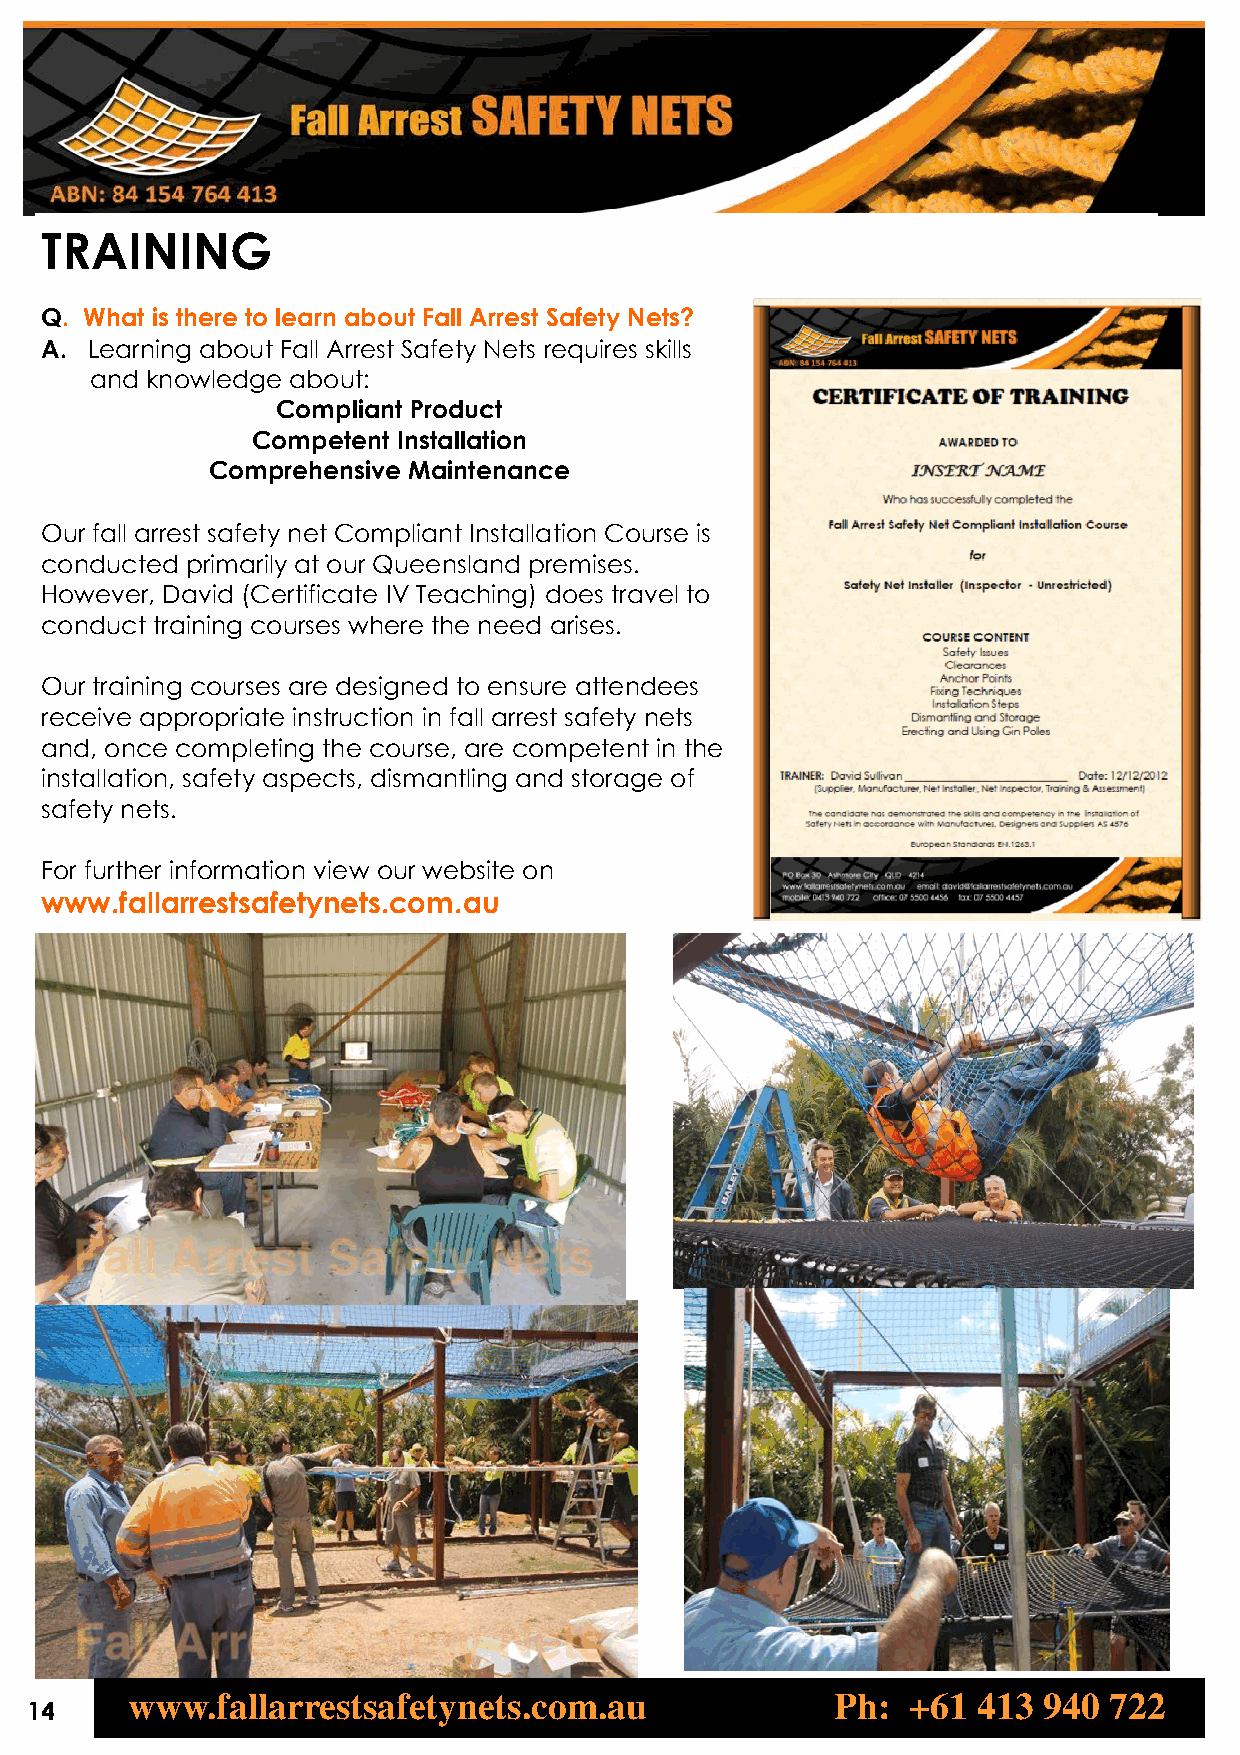
TRAINING
 Q. What is there to learn about Fall Arrest Safety Nets?
 A. Learning about Fall Arrest Safety Nets requires skills
 and knowledge about:
 Compliant Product
 Competent Installation
 Comprehensive Maintenance
 Our fall arrest safety net Compliant Installation Course is
 conducted primarily at our Queensland premises.
 However, David (Certificate IV Teaching) does travel to
 conduct training courses where the need arises.
 Our training courses are designed to ensure attendees
 receive appropriate instruction in fall arrest safety nets
 and, once completing the course, are competent in the
 installation, safety aspects, dismantling and storage of
 safety nets.
 For further information view our website on
 www.fallarrestsafetynets.com.au
 www.fallarrestsafetynets.com.au                Ph:  +61  413 940 722
 14